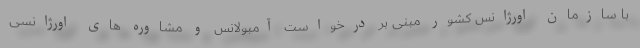
با سازمان اورژانس کشور مبنی بر درخواست آمبولانس و مشاوره های اورژانسی